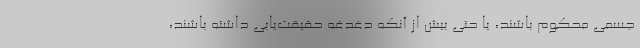
جسمی محکوم باشند، یا حتی بیش از آنکه دغدغه حقیقت‌یابی داشته باشند،